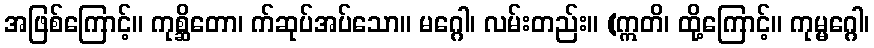
အဖြစ်ကြောင့်။ ကုစ္ဆိတော၊ က်ဆုပ်အပ်သော။ မဂ္ဂေါ၊ လမ်းတည်း။ (ဣတိ၊ ထို့ကြောင့်။ ကုမ္မဂ္ဂေါ၊